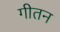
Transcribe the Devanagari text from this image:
गीतन